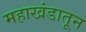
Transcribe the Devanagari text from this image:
महाखंडातून